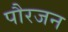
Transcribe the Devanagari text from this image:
पौरजन